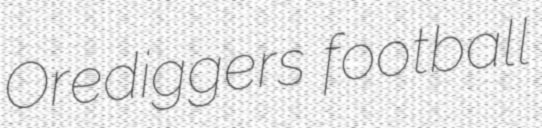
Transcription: Orediggers football